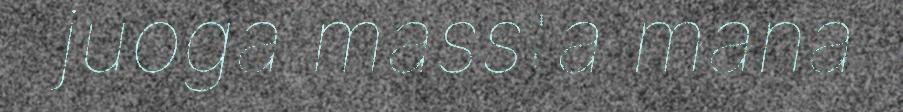
juoga massta máná